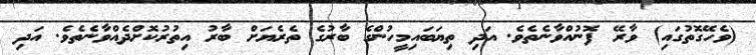
(ވެހޭގޮތުގައި) ވާރޭ ފޮނުއްވާނެތެވެ. އަދި ތިޔަބައިމީހުންގެ ބާރުގެ ތެރެޔަށް ބާރު އިތުރުކޮށްދެއްވާނެތެވެ. އަދި